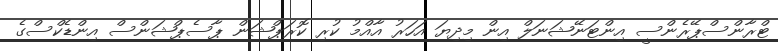
ޓްރާންސްޕޭރެންސީ އިންޓަނޭޝަނަލް އިން މިދިޔަ އަހަރު އާއްމު ކުރި ކޮރަޕްޝަން ޕާސެޕްޝަންސް އިންޑެކްސްގެ